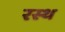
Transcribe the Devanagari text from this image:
रस्थ